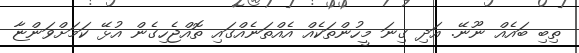
ތިބި ބައެއް ނޫނޭ. އަދި ގިނަ މީހުންތަކެއް އެއްތަނެއްގައި ތޮއްޖެހިގެން އުޅޭ ކަމަށްވަންޏާ